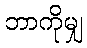
ဘာကိုမျှ